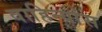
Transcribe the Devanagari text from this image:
वाहिन्यांस